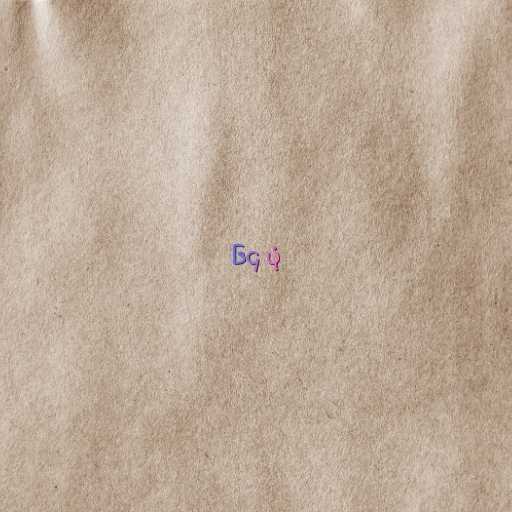
၆၄ ပုံ